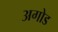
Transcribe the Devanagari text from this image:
अगोड